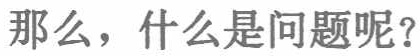
那么，什么是问题呢？